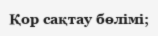
Қор сақтау бөлімі;